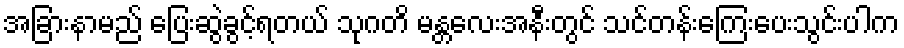
အခြားနာမည် ပြေးဆွဲခွင့်ရတယ် သုဂတိ မန္တလေးအနီးတွင် သင်တန်းကြေးပေးသွင်းပါက